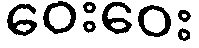
ဝေးဝေး